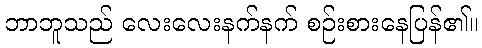
ဘာဘူသည် လေးလေးနက်နက် စဉ်းစားနေပြန်၏။